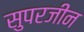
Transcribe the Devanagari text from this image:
सुपरजीन